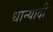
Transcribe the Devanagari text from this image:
धान्यादी